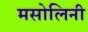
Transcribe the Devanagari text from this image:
मसोलिनी